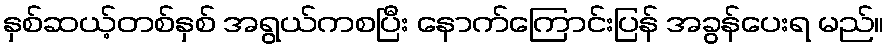
နှစ်ဆယ့်တစ်နှစ် အရွယ်ကစပြီး နောက်ကြောင်းပြန် အခွန်ပေးရ မည်။